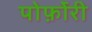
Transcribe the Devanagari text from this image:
पोर्फ़ोरी